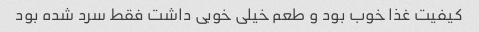
کیفیت غذا خوب بود و طعم خیلی خوبی داشت فقط سرد شده بود